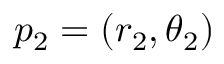
p _ { 2 } = ( r _ { 2 } , \theta _ { 2 } )